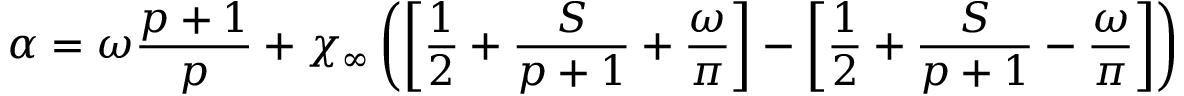
\alpha = \omega \displaystyle \frac { p + 1 } { p } + \chi _ { \infty } \left( \left[ \displaystyle \frac { 1 } { 2 } + \displaystyle \frac { S } { p + 1 } + \displaystyle \frac { \omega } { \pi } \right] - \left[ \displaystyle \frac { 1 } { 2 } + \displaystyle \frac { S } { p + 1 } - \displaystyle \frac { \omega } { \pi } \right] \right)